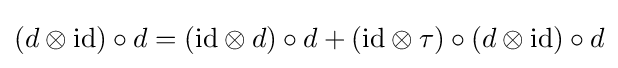
\left(d\otimes \mathrm {id} \right)\circ d=\left(\mathrm {id} \otimes d\right)\circ d+\left(\mathrm {id} \otimes \tau \right)\circ \left(d\otimes \mathrm {id} \right)\circ d